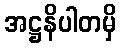
အဋ္ဌနိပါတမှိ